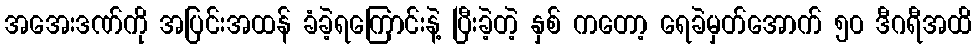
အအေးဒဏ်ကို အပြင်းအထန် ခံခဲ့ရကြောင်းနဲ့ ပြီးခဲ့တဲ့ နှစ် ကတော့ ရေခဲမှတ်အောက် ၅၀ ဒီဂရီအထိ